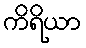
ကိရိယာ